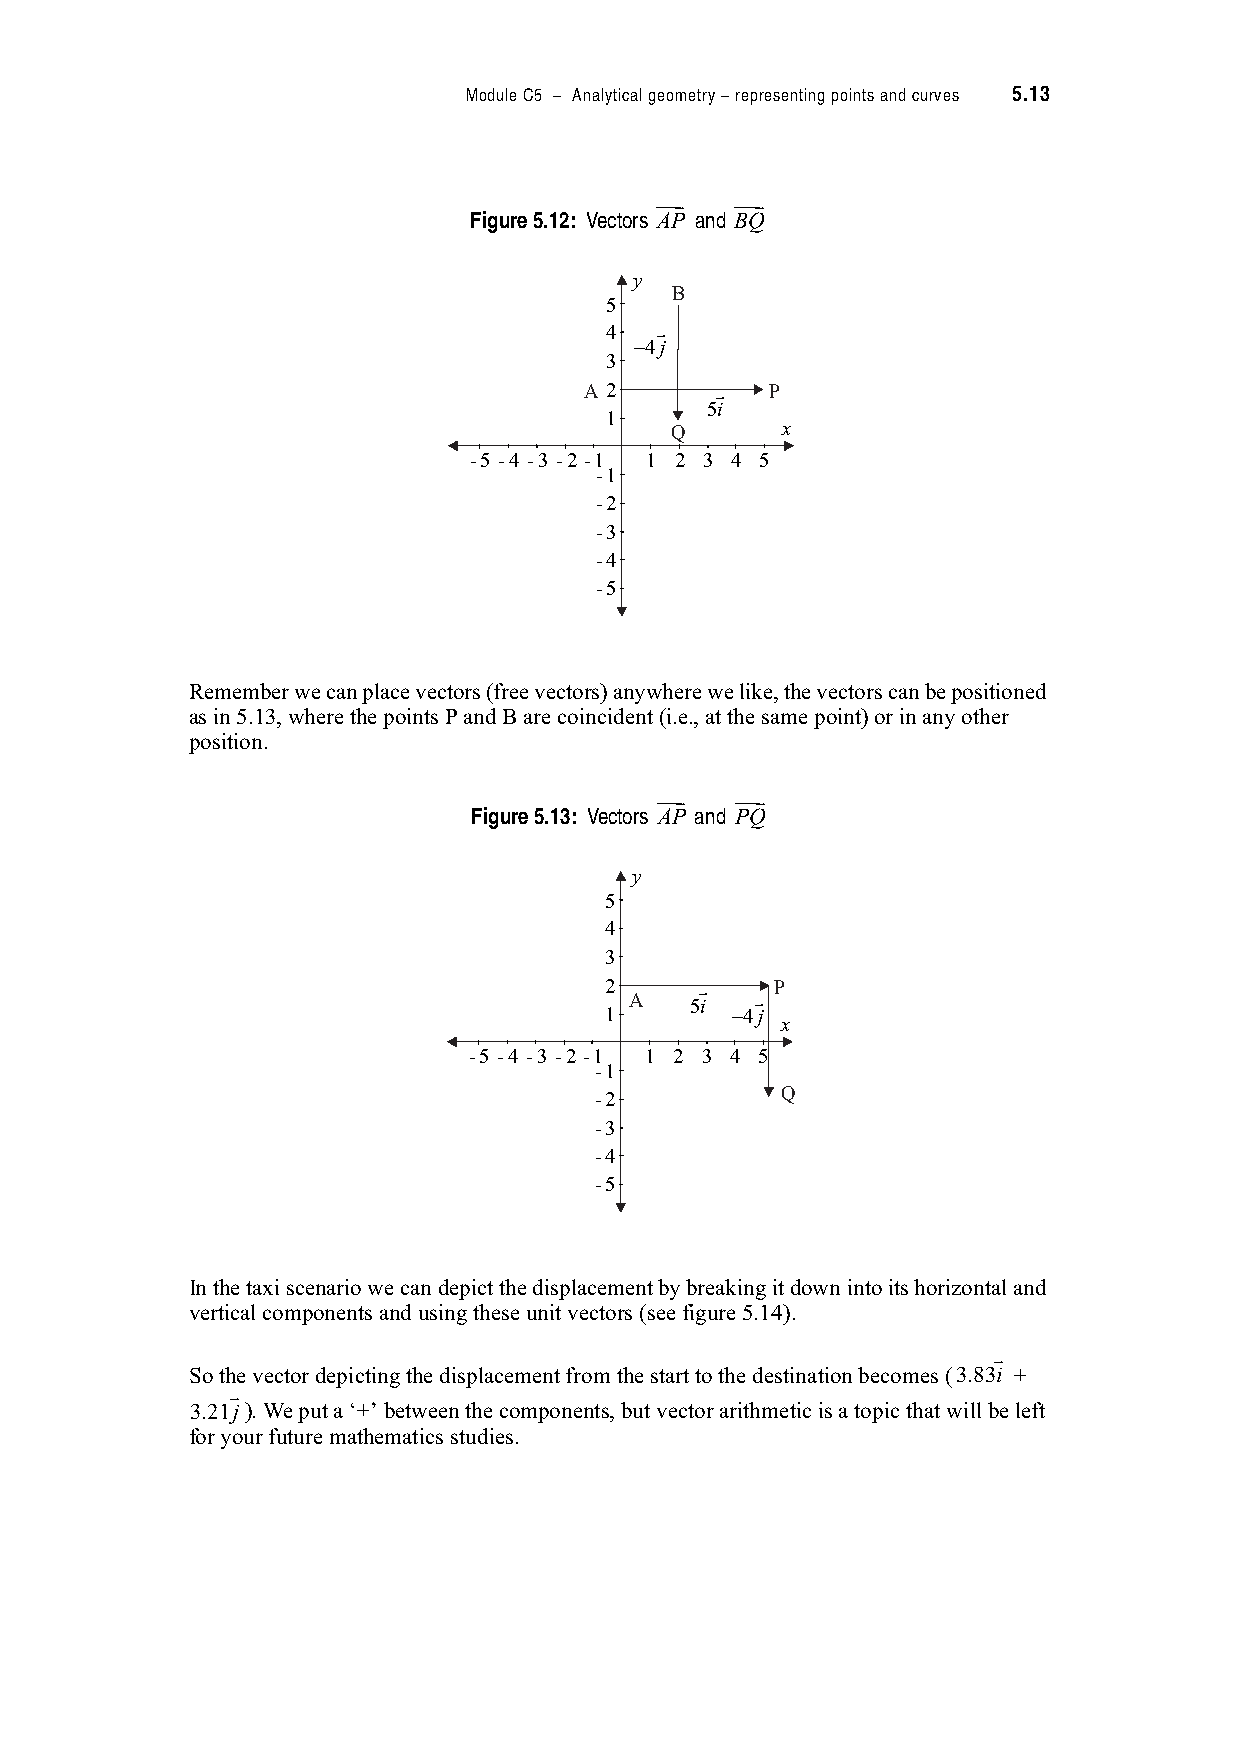
Module C5 – Analytical geometry – representing points and curves 5.13
 !    !
 Figure 5.12: Vectors AP and BQ
 y
 B
 5
 r
 4
 −4j
 3
 A 2     r   P
 5i
 1
 Q       x
 -5 -4 -3 -2 -1 1 2 3 4 5
 -1
 -2
 -3
 -4
 -5
 Remember we can place vectors (free vectors) anywhere we like, the vectors can be positioned
 as in 5.13, where the points P and B are coincident (i.e., at the same point) or in any other
 position.
 !    !
 Figure 5.13: Vectors AP and PQ
 y
 5
 4
 3
 2     r    P
 A   5i  r
 1       −4j
 x
 -5 -4 -3 -2 -1 1 2 3 4 5
 -1
 Q
 -2
 -3
 -4
 -5
 In the taxi scenario we can depict the displacement by breaking it down into its horizontal and
 vertical components and using these unit vectors (see figure 5.14).
 !
 So the vector depicting the displacement from the start to the destination becomes (3.83i +
 !
 3.21j). We put a ‘+’ between the components, but vector arithmetic is a topic that will be left
 for your future mathematics studies.